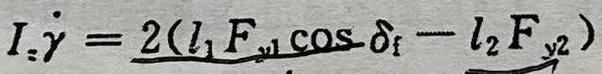
$I_{z} \dot{\gamma}=\underbrace{2\left(l_{1} F_{y 1} \cos \delta_{\mathrm{f}}-l_{2} F_{y 2}\right)}$